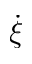
\dot { \xi }